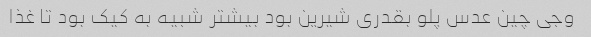
وجی چین عدس پلو بقدری شیرین بود بیشتر شبیه به کیک بود تا غذا